Vaccination in Bombay 1863-1868 - 1863-1868
Year: 1863
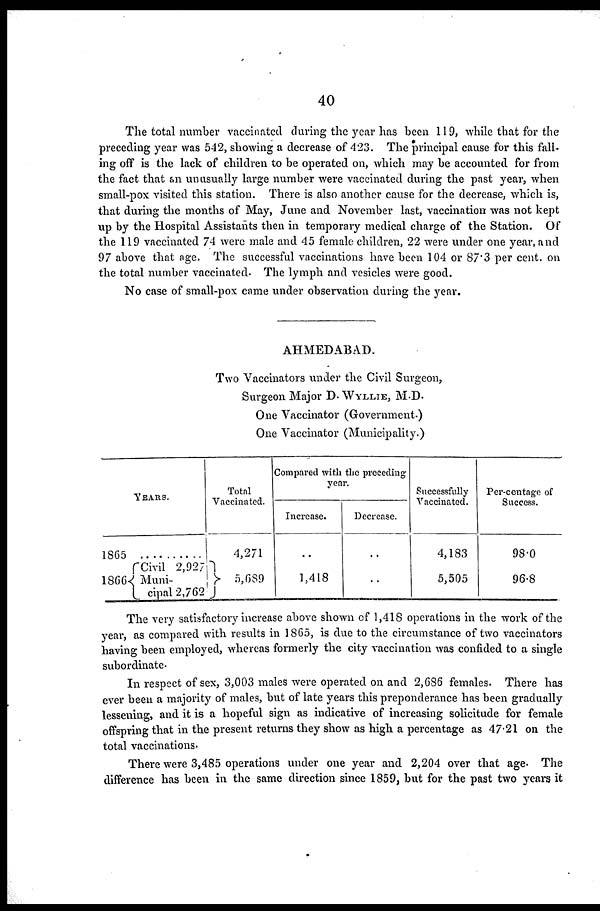
40
The total number vaccinated during the year has been 119, while that for the
preceding year was 542, showing a decrease of 423. The principal cause for this fall-
ing off is the lack of children to be operated on, which may be accounted for from
the fact that an unusually large number were vaccinated during the past year, when
small-pox visited this station. There is also another cause for the decrease, which is,
that during the months of May, June and November last, vaccination was not kept
up by the Hospital Assistants then in temporary medical charge of the Station. Of
the 119 vaccinated 74 were male and 45 female children, 22 were under one year, and
97 above that age. The successful vaccinations have been 104 or 87.3 per cent. on
the total number vaccinated. The lymph and vesicles were good.
No case of small-pox came under observation during the year.
AHMEDABAD.
Two Vaccinators under the Civil Surgeon,
Surgeon Major D. WYLLIE, M.D.
One Vaccinator (Government.)
One Vaccinator (Municipality.)
YEARS.
1865 ..........
1866
Civil 2,927
Muni-
cipal 2,762
Total
Vaccinated.
4,271
5,689
Compared with the preceding
year.
Increase.
..
1,418
Decrease.
..
..
Successfully
Vaccinated.
4,183
5,505
Per-centage of
Success.
98.0
96.8
The very satisfactory increase above shown of 1,418 operations in the work of the
year, as compared with results in 1865, is due to the circumstance of two vaccinators
having been employed, whereas formerly the city vaccination was confided to a single
subordinate.
In respect of sex, 3,003 males were operated on and 2,686 females. There has
ever been a majority of males, but of late years this preponderance has been gradually
lessening, and it is a hopeful sign as indicative of increasing solicitude for female
offspring that in the present returns they show as high a percentage as 47.21 on the
total vaccinations.
There were 3,485 operations under one year and 2,204 over that age. The
difference has been in the same direction since 1859, but for the past two years it